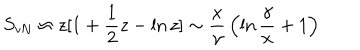
S _ { \mathrm { v N } } \approx z [ 1 + { \frac { 1 } { 2 } } z - \ln { z } ] \sim { \frac { x } { \gamma } } \left( \ln { \frac { \gamma } { x } } + 1 \right)